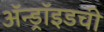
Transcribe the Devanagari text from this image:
ॲन्ड्रॉइडची